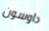
داوسون